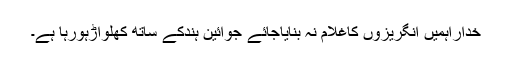
خداراہمیں انگریزوں کاغلام نہ بنایاجائے جوآئین ہندکے ساتھ کھلواڑہورہا ہے۔